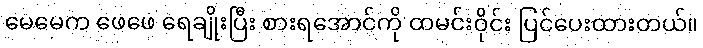
မေမေက ဖေဖေ ရေချိုးပြီး စားရအောင်ကို ထမင်းဝိုင်း ပြင်ပေးထားတယ်။